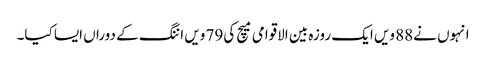
انہوں نے88 ویں ایک روزہ بین الاقوامی میچ کی79 ویں اننگ کے دوراں ایسا کیا۔